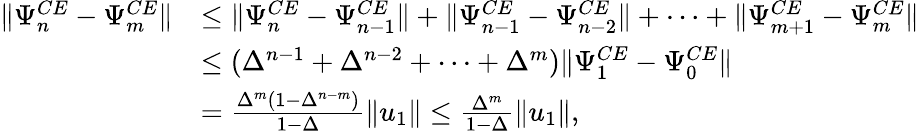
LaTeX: \begin{array}{rl}{\| \Psi_{n}^{CE}-\Psi_{m}^{CE}\| }&{\leq\| \Psi_{n}^{CE}-\Psi_{n-1}^{CE}\| +\| \Psi_{n-1}^{CE}-\Psi_{n-2}^{CE}\| +\cdots+\| \Psi_{m+1}^{CE}-\Psi_{m}^{CE}\| }\\ &{\leq(\Delta^{n-1}+\Delta^{n-2}+\cdots+\Delta^{m})\| \Psi_{1}^{CE}-\Psi_{0}^{CE}\| }\\ &{=\frac{\Delta^{m}(1-\Delta^{n-m})}{1-\Delta}\| u_{1}\| \leq\frac{\Delta^{m}}{1-\Delta}\| u_{1}\| ,}\end{array}